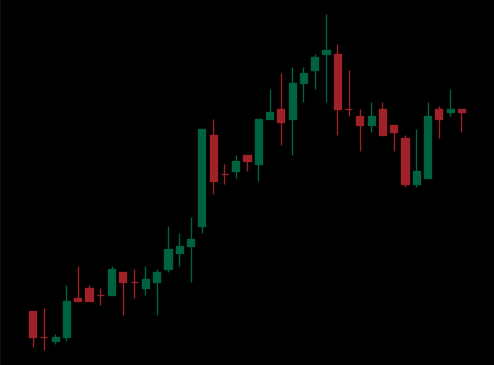
Pattern: bear_flag